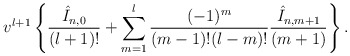
\begin{align*} v^{l+1}\left\{\frac{\hat{I}_{n,0}}{(l+1)!}+\sum_{m=1}^l\frac{(-1)^m}{(m-1)!(l-m)!}\frac{\hat{I}_{n,m+1}}{(m+1)}\right\}.\end{align*}